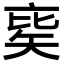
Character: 𥏉